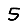
Digit: 5